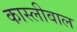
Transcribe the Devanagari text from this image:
कास्लीवाल